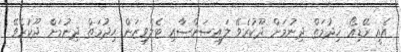
އެއީ ރޭޑިއޯ ޚިދުމަތް ދިނުމަށް ދޫކުރެވޭ ލައިސަންސާއި ޓެލެވިޒަން ޙިދުމަތް ދިނުމަށް ދޫކުރެވޭ